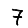
Digit: 7